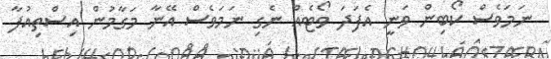
ނަމަވެސް ކޯބިން ވަނީ އެފަދަ ވޯޓެއް ނެގި ނަމަވެސް އޭނާ މަގާމުން އިސްތިއުފާ